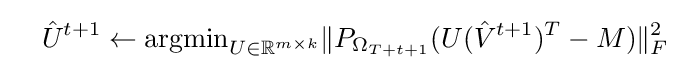
\quad {\hat {U}}^{t+1}\leftarrow {\text{argmin}}_{U\in \mathbb {R} ^{m\times k}}\|P_{\Omega _{T+t+1}}(U({\hat {V}}^{t+1})^{T}-M)\|_{F}^{2}